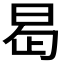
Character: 𭥭